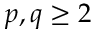
p , q \ge 2